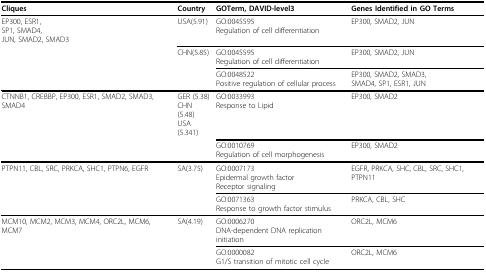
<table><thead><tr><td><b>Cliques</b></td><td><b>Country</b></td><td><b>GOTerm, DAVID-level3</b></td><td><b>Genes Identified in GO Terms</b></td></tr></thead><tbody><tr><td>EP300, ESR1,SP1, SMAD4,JUN, SMAD2, SMAD3</td><td>USA(5.91)</td><td>GO:0045595Regulation of cell differentiation</td><td>EP300, SMAD2, JUN</td></tr><tr><td></td><td>CHN(5.85)</td><td>GO:0045595Regulation of cell differentiation</td><td>EP300, SMAD2, JUN</td></tr><tr><td></td><td></td><td>GO:0048522Positive regulation of cellular process</td><td>EP300, SMAD2, SMAD3,SMAD4, SP1, ESR1, JUN</td></tr><tr><td>CTNNB1, CREBBP, EP300, ESR1, SMAD2, SMAD3, SMAD4</td><td>GER (5.38)CHN (5.48)USA(5.341)</td><td>GO:0033993Response to Lipid</td><td>EP300, SMAD2</td></tr><tr><td></td><td></td><td>GO:0010769Regulation of cell morphogenesis</td><td>EP300, SMAD2</td></tr><tr><td>PTPN11, CBL, SRC, PRKCA, SHC1, PTPN6, EGFR</td><td>SA(3.75)</td><td>GO:0007173Epidermal growth factorReceptor signaling</td><td>EGFR, PRKCA, SHC, CBL, SRC, SHC1, PTPN11</td></tr><tr><td></td><td></td><td>GO:0071363Response to growth factor stimulus</td><td>PRKCA, CBL, SHC</td></tr><tr><td>MCM10, MCM2, MCM3, MCM4, ORC2L, MCM6, MCM7</td><td>SA(4.19)</td><td>GO:0006270DNA-dependent DNA replication initiation</td><td>ORC2L, MCM6</td></tr><tr><td></td><td></td><td>GO:0000082G1/S transition of mitotic cell cycle</td><td>ORC2L, MCM6</td></tr></tbody></table>